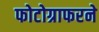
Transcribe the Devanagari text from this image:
फोटोग्राफरने